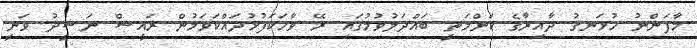
މާފަންނު ހުޅަނގު ދާއިރާގެ ކަންމަތީ ބައްދަލުވުމުގައި ރޭ ވާހަކަފުޅުދައްކަވަމުން ރައީސް ނަޝީދު ވަނީ